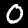
Label: 0